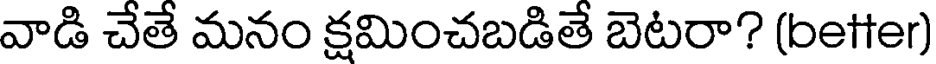
వాడి చేతే మనం క్షమించబడితే బెటరా? (better)